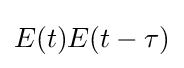
E(t)E(t-\tau )